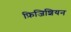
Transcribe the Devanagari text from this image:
फ़िजिशियन